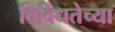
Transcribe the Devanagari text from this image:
विविधतेच्या